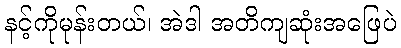
နင့်ကိုမုန်းတယ်၊ အဲဒါ အတိကျဆုံးအဖြေပဲ